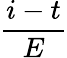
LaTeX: \frac{i-t}{E}